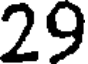
29